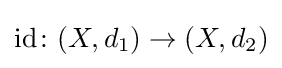
\operatorname {id} \colon (X,d_{1})\to (X,d_{2})